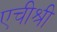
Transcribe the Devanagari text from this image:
एचीश्री